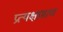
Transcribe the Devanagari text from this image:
प्रत्यक्षप्रमाण